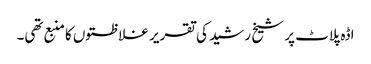
اڈہ پلاٹ پر شیخ رشید کی تقریر غلاظتوں کا منبع تھی۔